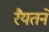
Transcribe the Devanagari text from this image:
रैयतने